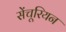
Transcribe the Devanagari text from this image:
सेंचूरियन